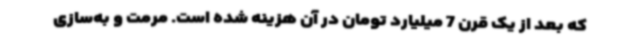
که بعد از یک قرن 7 میلیارد تومان در آن هزینه شده است. مرمت و به‌سازی